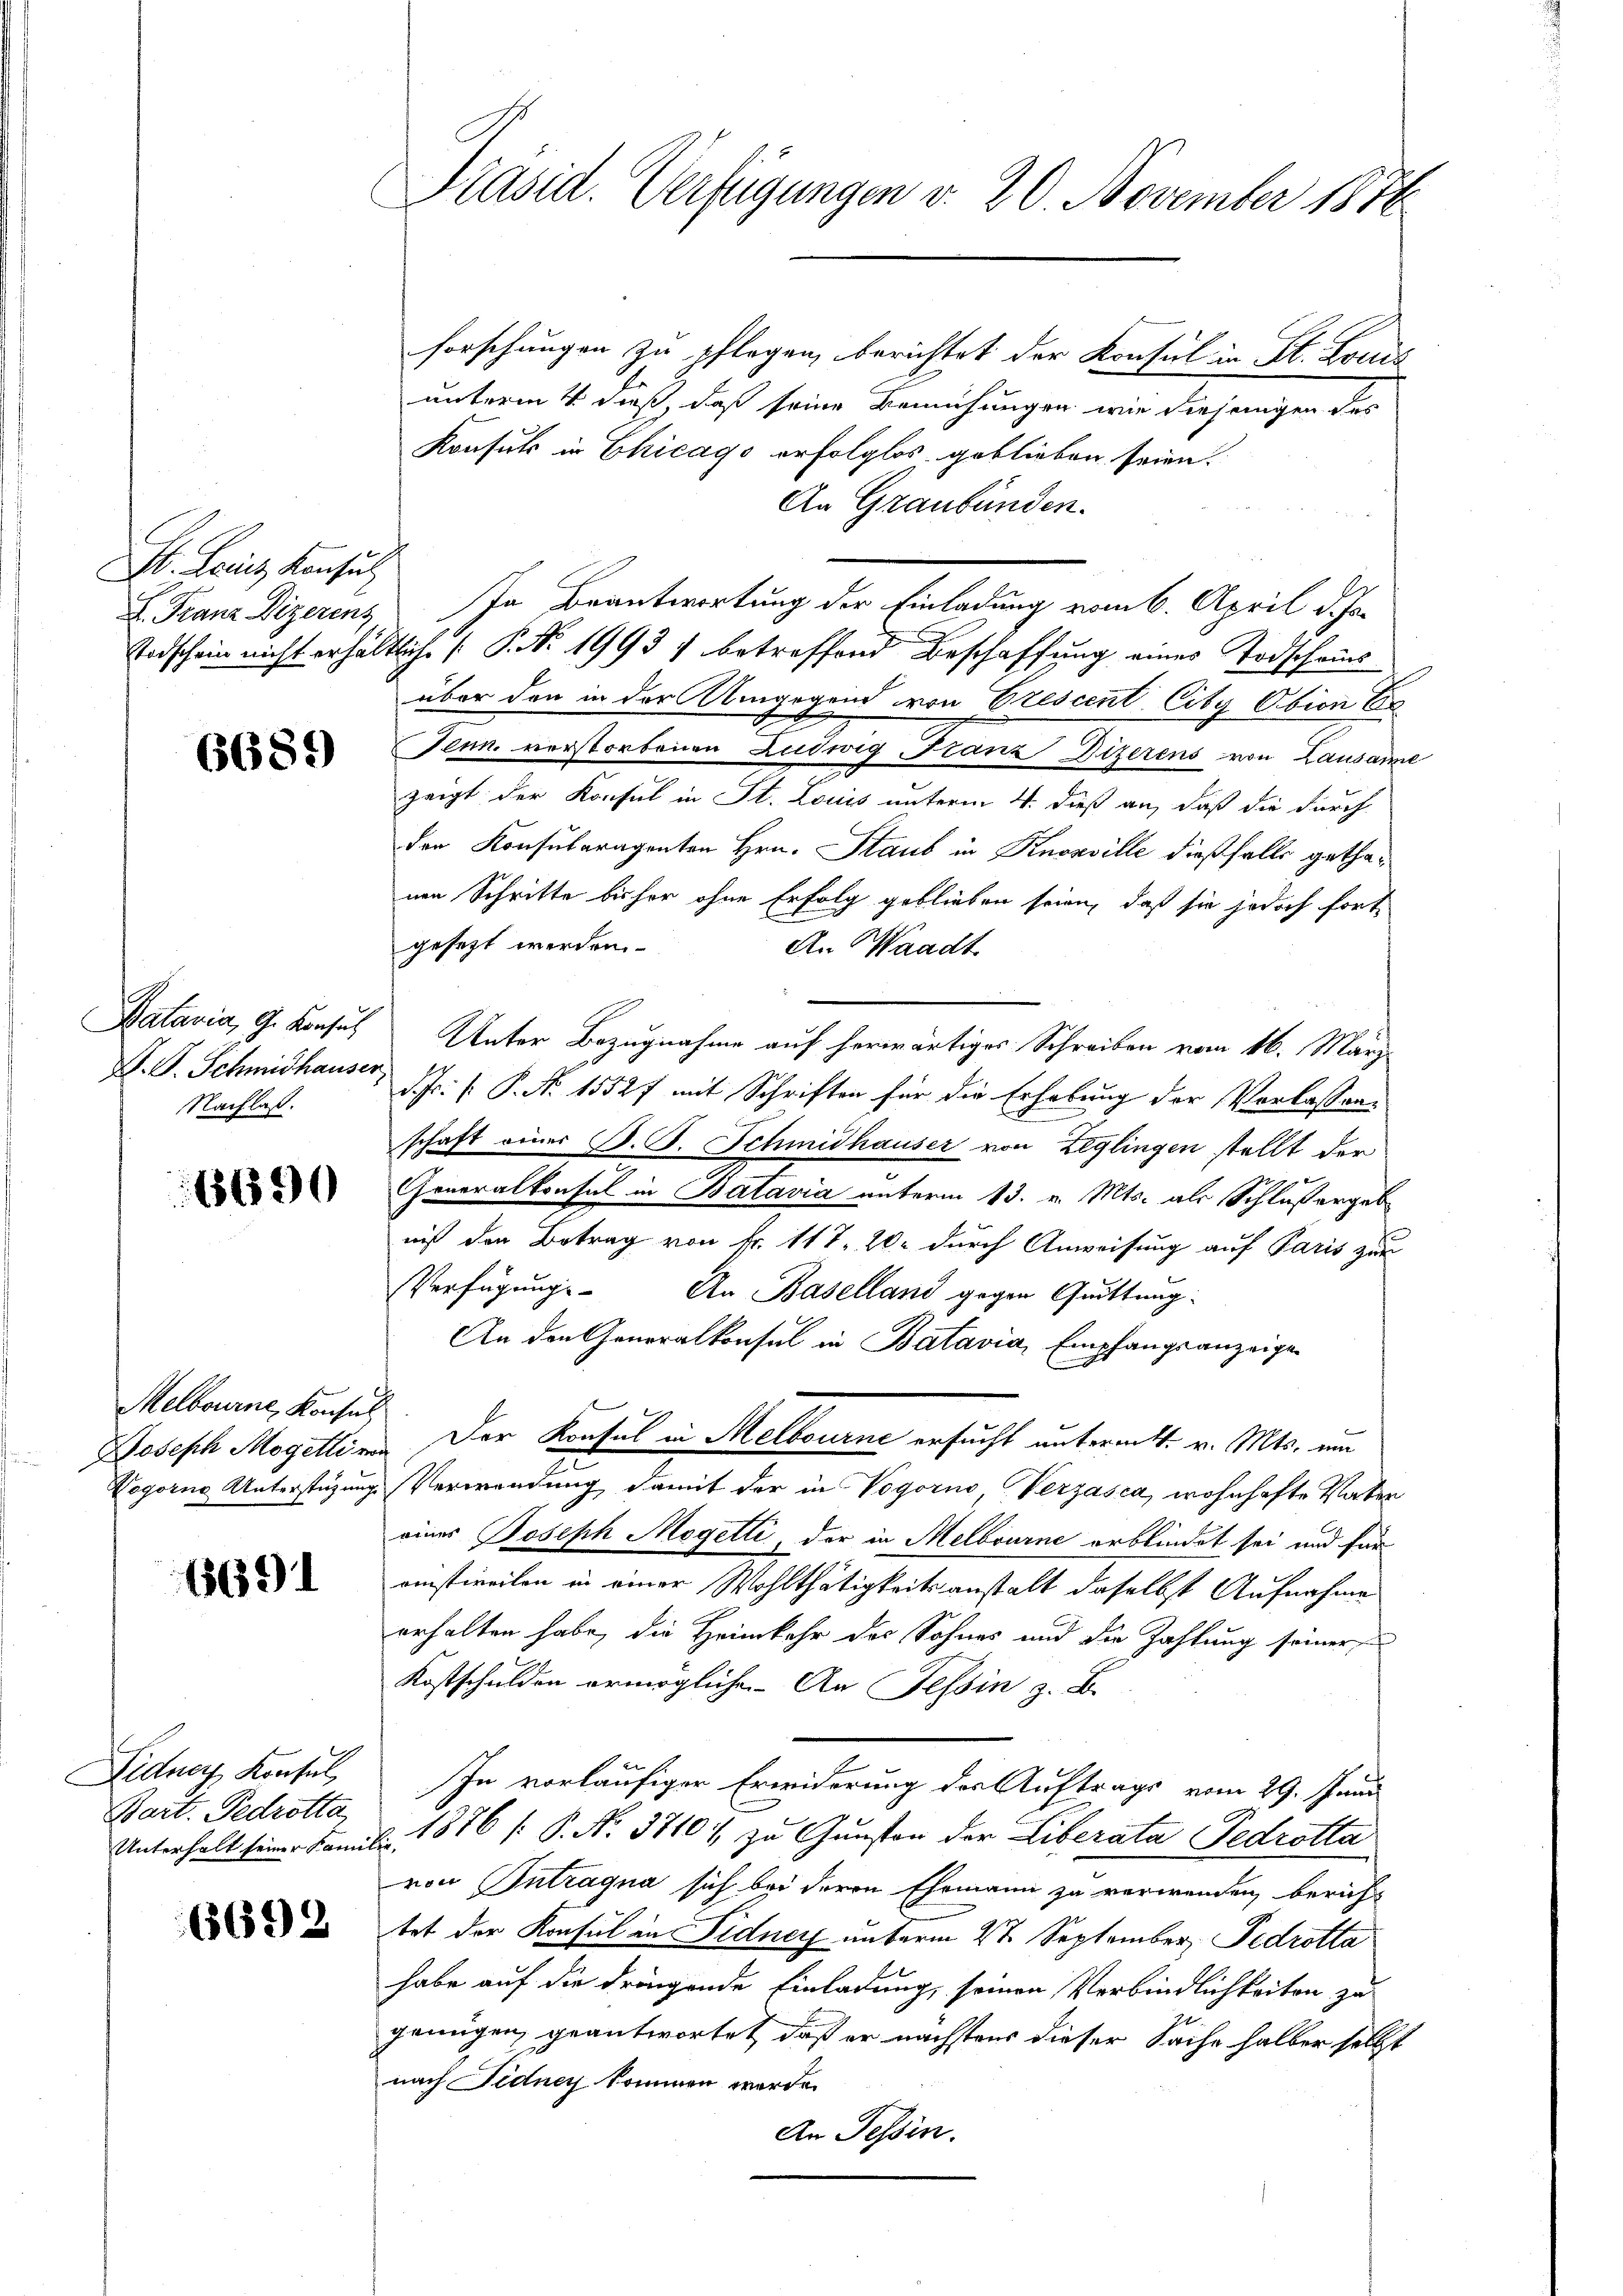
St. Leins Konsul

6689

D. P. Schmidhauser
Nachlaß.

6690

Melbourne Konsul

6691

Fidner Konsul
Bart. Pedrotta,

6692

Präsid. Verfügungen v. 20. November 1876

forschungen zu pflegen, berichtet der Konsul in St. Louis
unterm 4 dieß, daß seine Bemühungen wie diejenigen des
Konsuls in Chicago erfolglos geblieben seien.
An Graubünden.
E. Franz Vizerenz in Beantwortung der Einladung vom 6. April d. Js.
Todschein nicht erhältliche P. Nr. 1993) betreffend Beschaffung eines Todscheins
über den in der Ange
rend von Erescent City Obion Er
Tenn. verstorbenen Ludwig Franz Dizerens von Lausanne
zeigt der Konsul in St. Louis unterm 4. dieß an, daß die durch
den Konsularagenten Hrn. Staub in Knosville dießfalls gethanen Schritte bisher ohne Erfolg geblieben seien, daß sie jedoch fortgesezt werden.
An Waadt
Batavia, G. Konsul Unter Bezugnahme auf herwärtiges Schreiben vom 16. März
d. Fr. P. P. Nr. 1552f mit Schriften für die Erhebung der Verlassenschaft einer B. G. Schmidhauser von Zeglingen stellt der
Generalkonsul in Batavia unterm 13. v. Mts. als Schlußergeb
niß den Betrag von k. 117, 20. durch Anweisung auf Paris zur
Verfügung. An Baselland gegen Quittung
An den Generalkonsul in Batavia, Empfangsanzeige
Joseph Mogettin der Konsul in Melbourne ersucht unterm 4. v. Mts. um
Vogorne Unterstüzung Verwendung damit der in Vogorno Verzasca, wohnhafte Vater
eines Joseph Mogetti, der in Melbourne erblindet sei und für
oistireiten in einer Wohlthätigkeitsanstalt daselbst Aufnahme
erhalten habe, die Heimkehr des Sohnes und die Zahlung seiner
Kostschulden ermögliche An Tessin z. B.
In vorläufiger Erwiderung der Auftrags vom 29. Juni
Unterhalt seiner Famili 1876 (: P. Nr. 37101, zu Gunsten der Liberata Tedrotta
von Intragna sich bei deren Ehemann zu verwenden, bericht
tet der Konsul in Fidner unterm 2te September, Fedrotta
habe auf die dringende Einladung, seinen Verbindlichkeiten zu
genügen, geantwortet, daß er nächstens dieser Sache halber selbst
nach Fidney kommen werde.
An Tessin.